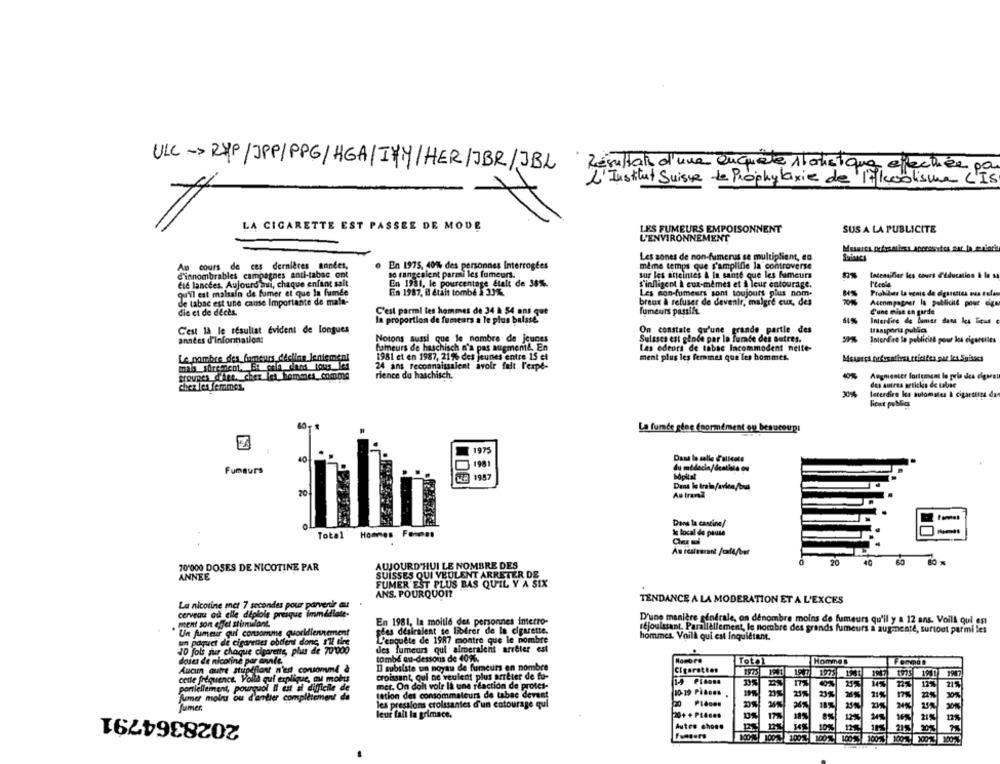
ULC-> RXP/JPP/PPG/ HGA/ItY/HER/JBR/JBL
Résultats d'une enquele 1/04istq
L'Institut Suisse de Prophylaxie de l'alcoolisme
LA CIGARETTE EST PASSEE DE MODE
LES FUMEURS EMPOISONNENT
SUS A LA PUBLICITE
L'ENVIRONNEMENT
Les zones de non-fumerus se multiplient, en
Suianes
Au cours de ces dernières années,
En 1975, 40%% des personnes Interrogées
même temps que s'amplifie la controverse
d'innombrables campagnes anti-tabac ont
so rangesient parmi les fumeurs.
sur les aneintes & Ia sante que les fumeurs
totensifier les cours d'éducation & la sa
Ele lancées. Aujourd'hui, chaque enfant sait
En 1981, le pourcentage Etalt de 38%.
'infligent & eux-mêmes et à leur entourage.
Perola
En 1987, il était tombé & 33%.
qu'il est malsain de fumer et que la fumée
Les non-fumeurs sont toujours plus nom-
8%
de tabac est une cause Importante de mala-
breux & refuser de devenir, malgré cux, des
Accompagner la publicité pour com
die et de deces
C'est parmi les hommes de 34 A 54 ans que
fumeurs passifs.
C'une mise en garde
la proportion de fumeurs a le plus baisse
Interdire de Binas dans les Ticus
C'est la le résultat evident de longues
On constate qu'une grande partie des
Notons aussi que le nombre de jeunes
années d'informations
Suisses est gende par la fumée des autres.
Interdire la publicité pour los cigarettes
fumeurs de haschisch n'a pas augmente. En
Les odeurs de tabac Incommodent nette-
Le nombre des_fumeurs décline lentement
1981 et en 1987, 21% des jeunes entre 15 el
ment plus les femmes que les hommes.
mais trement, ER colh dans tous les
24 ans reconnaissalent avoir fait l'expe-
troupes d'âge. cher iet hommes comme
rence do haschisch.
Augmenter fortement lo pris des cigars!
cher les femmes.
des autres articles de tabise
lecerdire les aulomales & cigarmuita das
La fumée glee (normément ou beaucoup!
FA
1972
40
Dans la salle E'alleste
Fumeurs
du médecin/dentista ou
hopital
70
Au tranZ
Dans la cantine/
Total
Hommes Femmes
Se local de pause
Au resteorant /cala/bet
70'000 DOSES DE NICOTINE PAR
AUJOURD'HUI LE NOMBRE DES
20
SUISSES QUI VEULENT ARRETER DE
ANNEE
FUMER EST PLUS BAS QU'IL Y A SIX
ANS. POURQUOI?
La nicotine met 7 secondes pour parvenir au
TENDANCE A LA MODERATION ET A L'EXCES
cerveau ou elle diplole presque immédiate-
D'une manière générale, on dénombre moins de fumeurs qu'il y a 12 ans. Voilà qui est
ment son effet stimulant
En 1981, la moitié des personnes interro-
Un fumer qui consomme quoridiennement
pées désiralent se liotror de la cigarette.
réjouissant, Parallèllement, le nombre des grands fumeurs a augmenté, surtout parmi les
un paquet de cigarettes obtient donc s'il tire
L'enquête de 1987 montre que le nombre
hommes. Voilà qui est Inquiétant.
10 fols sur chaque cigarette, plus de 70'000
des fumeurs qui aimeraient arreter est
tombé au-dessous de 4096.
doses de nicotine par annie
Total
Hommes
Aucun autre stupéfiant n'est consommé à
Il subsiste un noyau de fumeurs en nombre
Cigarettes
1975 1961 1987
cette fréquence. Volià qui explique, au moins
croissant, qui ne veulent plus arrêter de fu-
partiellement, pourquoi il est al difficile de
met. On doit voir la une réaction de profes-
21%
Jumer molus ou d'ardier complètement da
tation des consommateurs de tabac devant
10-19 PiBons
21%
les pressions croissantes d'un entourage qui
2028364791
leur fait la grimace.
20+ + Pièces
21%
Autre chose
10%
12
21%
Fussurs